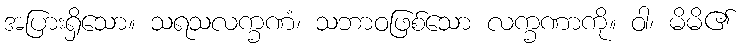
အပြားရှိသော။ သရသလက္ခဏံ၊ သဘာဝဖြစ်သော လက္ခဏာကို။ ဝါ၊ မိမိ၏